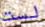
لست